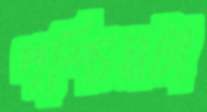
পশ্চিমটা